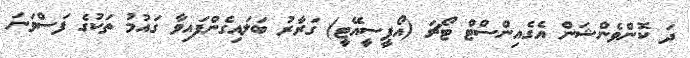
ދަ ކޮންވެންޝަން އެގެއިންސްޓް ޓޯޗަ (އޯޕީސީއޭޓީ) ގަރާރު ބަލައިގެންފައިވާ ގައުމު ތަކުގެ ފަސްވަނަ